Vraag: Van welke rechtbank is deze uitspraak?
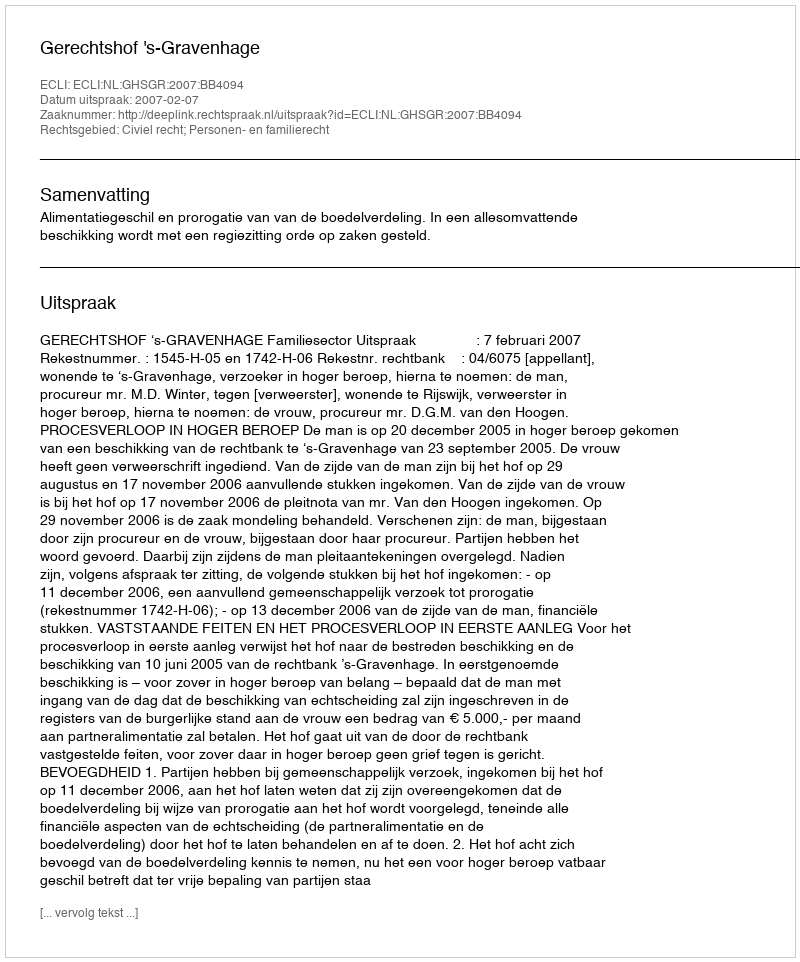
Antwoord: Gerechtshof 's-Gravenhage